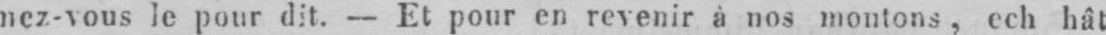
nez-vous le pour dit. - Et pour en revenir à nos moutons, ech hât